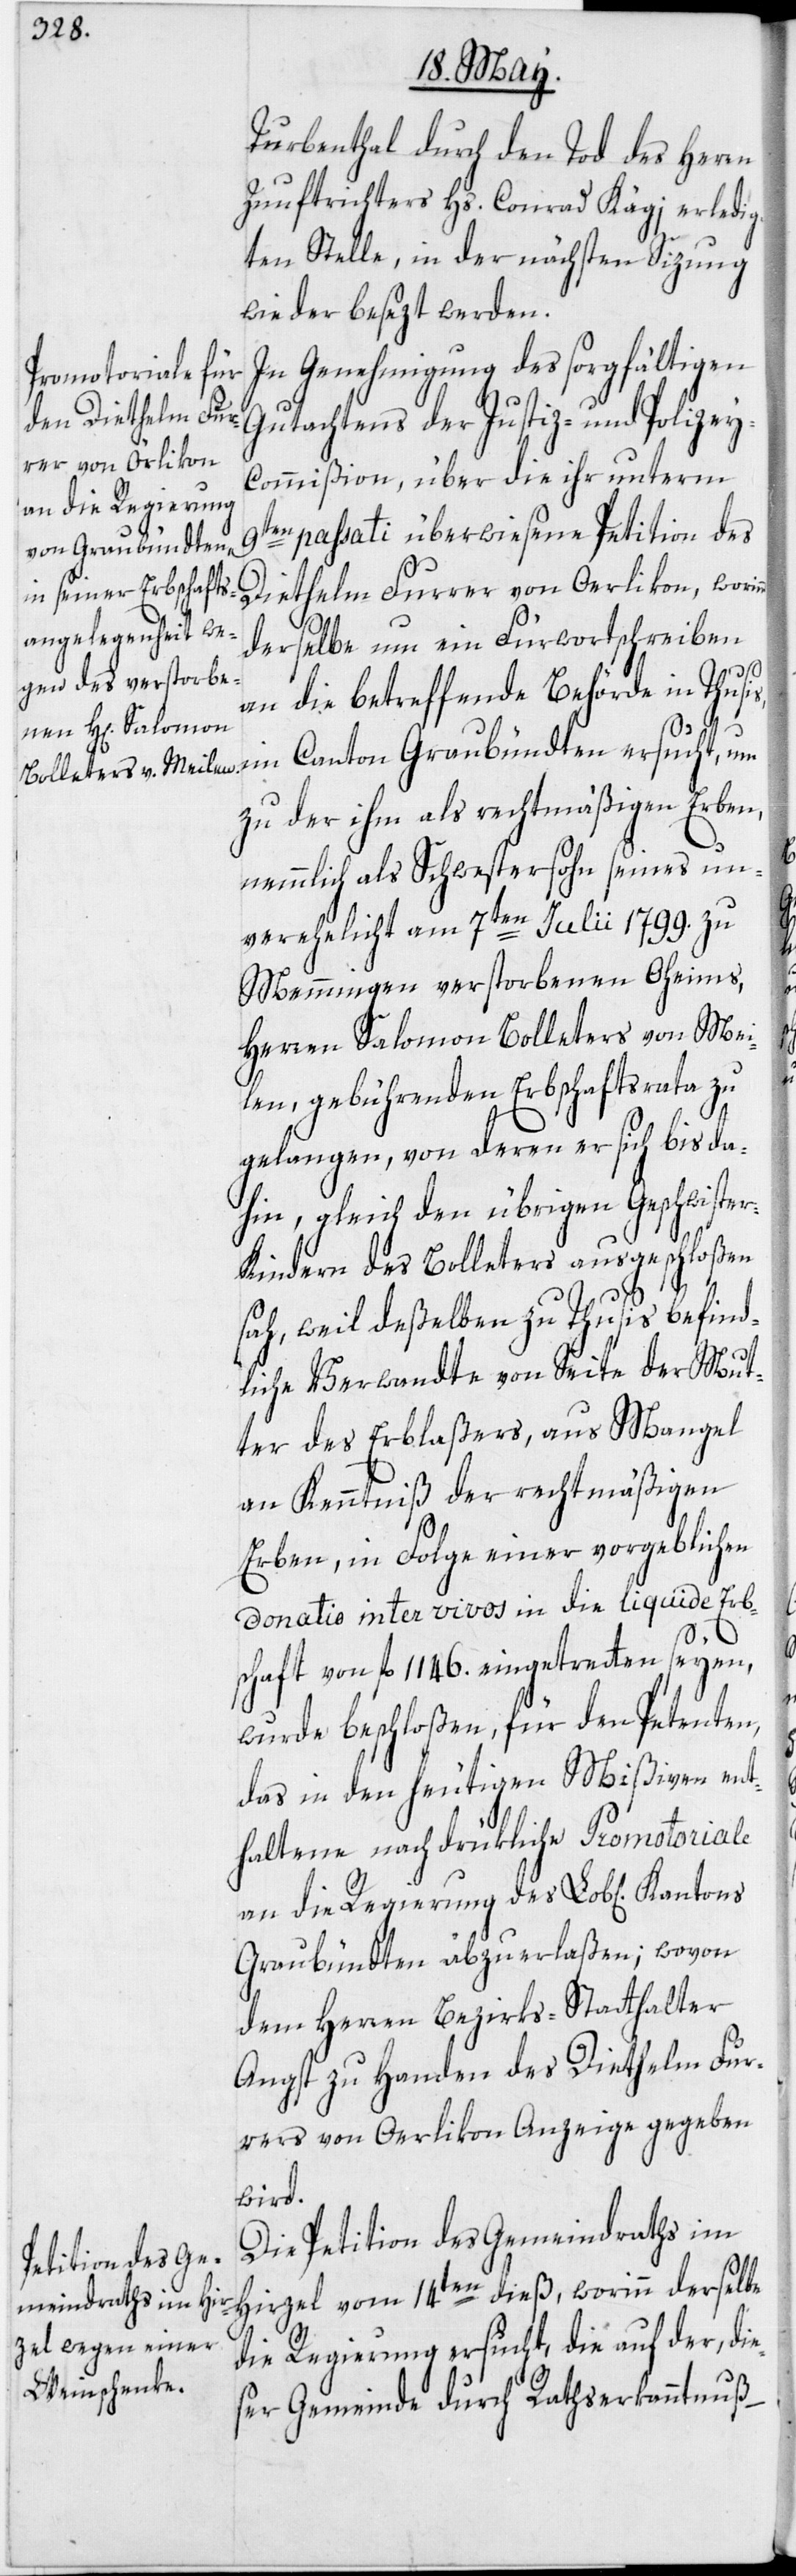
Turbenthal durch den Tod des Herrn
Zunftrichters Hs. Conrad Kägi erledig¬
ten Stelle, in der nächsten Sizung
wieder besezt werden.
In Genehmigung des sorgfältigen
Gutachtens der Justiz- und Polizey¬
commißion, über die ihr unterm
an die Regierung
9ten passati überwiesene Petition des
Canton Graubündten
Diethelm Furrer von Oerlikon, worinn
derselbe um ein Fürwortschreiben
an die betreffende Behörde in Thusis,
zu der ihm als rechtsmäßigen Erben,
nemmlich als Schwestersohn seines un¬
verehelicht am 7ten Julii 1799. zu
Memmingen verstorbenen Oheims,
Herren Salomon Bolleters von Mei¬
len, gebührenden Erbschaftsrata zu
gelangen, von deren er sich bisda¬
hin, gleich den übrigen Geschwiste¬
r-Kindern des Bolleters ausgeschloßen
sah, weil deßelben zu Thusis befind¬
liche Verwandte von Seite der Mut¬
ter des Erblaßers, aus Mangel
an Kenntniß der rechtmäßigen
Erben, in Folge einer vorgeblichen
donatio inter vivos in die liquide Erb¬
schaft von fl. 1146. eingetretten seyen,
wurde beschloßen, für den Petenten,
das in den heutigen Mißiven ent¬
haltene nachdrükliche Promotoriale
Graubündten abzuerlaßen; wovon
dem Herren Bezirks-Statthalter
Angst zu Handen des Diethelm Fur¬
rers von Oerlikon Anzeige gegeben
wird.
Die Petition des Gemeindraths im
Hirzel vom 14ten dieß, worinn derselbe
die Regierung ersucht, die auf der, die¬
ser Gemeinde durch Rathserkanntnuß